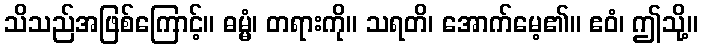
သိသည်အဖြစ်ကြောင့်။ ဓမ္မံ၊ တရားကို။ သရတိ၊ အောက်မေ့၏။ ဧဝံ၊ ဤသို့။